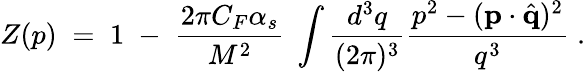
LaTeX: Z(p)\; =\; 1\; -\; {\frac{2\pi C_{F}\alpha_{s}}{M^{2}}}\; \int{\frac{d^{3}q}{(2\pi)^{3}}}{\frac{p^{2}-({\mathbf p}\cdot{\hat{\mathbf q}})^{2}}{q^{3}}}\; .